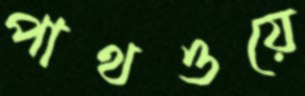
পাথওয়ে